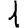
Digit: 1